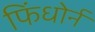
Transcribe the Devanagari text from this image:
फिंधोर्न